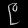
Digit: ၉